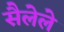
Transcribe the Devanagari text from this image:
सैलेले